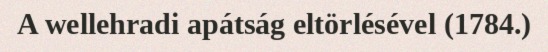
A wellehradi apátság eltörlésével (1784.)